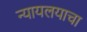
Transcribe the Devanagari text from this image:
न्यायलयाचा